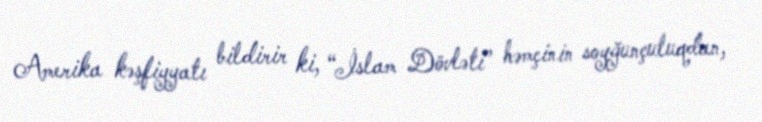
Amerika kəşfiyyatı bildirir ki, “İslam Dövləti” həmçinin soyğunçuluqdan,